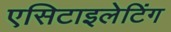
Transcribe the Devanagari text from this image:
एसिटाइलेटिंग